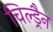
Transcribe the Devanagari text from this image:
चिल्ड्रैन